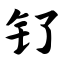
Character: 钌